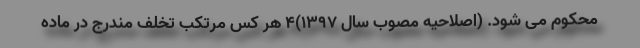
محکوم می شود. (اصلاحیه مصوب سال ۱۳۹۷)۴ هر کس مرتکب تخلف مندرج در ماده